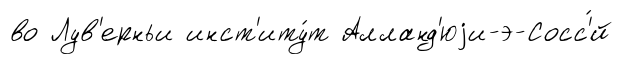
во Лув'ерньи инст'иту́т Алланд'юjи-э-Сосс'́й